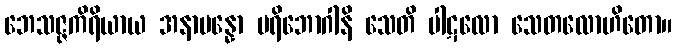
ဘေသဇ္ဇကိရိယာယ အနာပန္နော ပရိဘောဂါနိ သေတိ ပါဋလော သေတလောဟိတော။